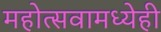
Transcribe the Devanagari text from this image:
महोत्सवामध्येही